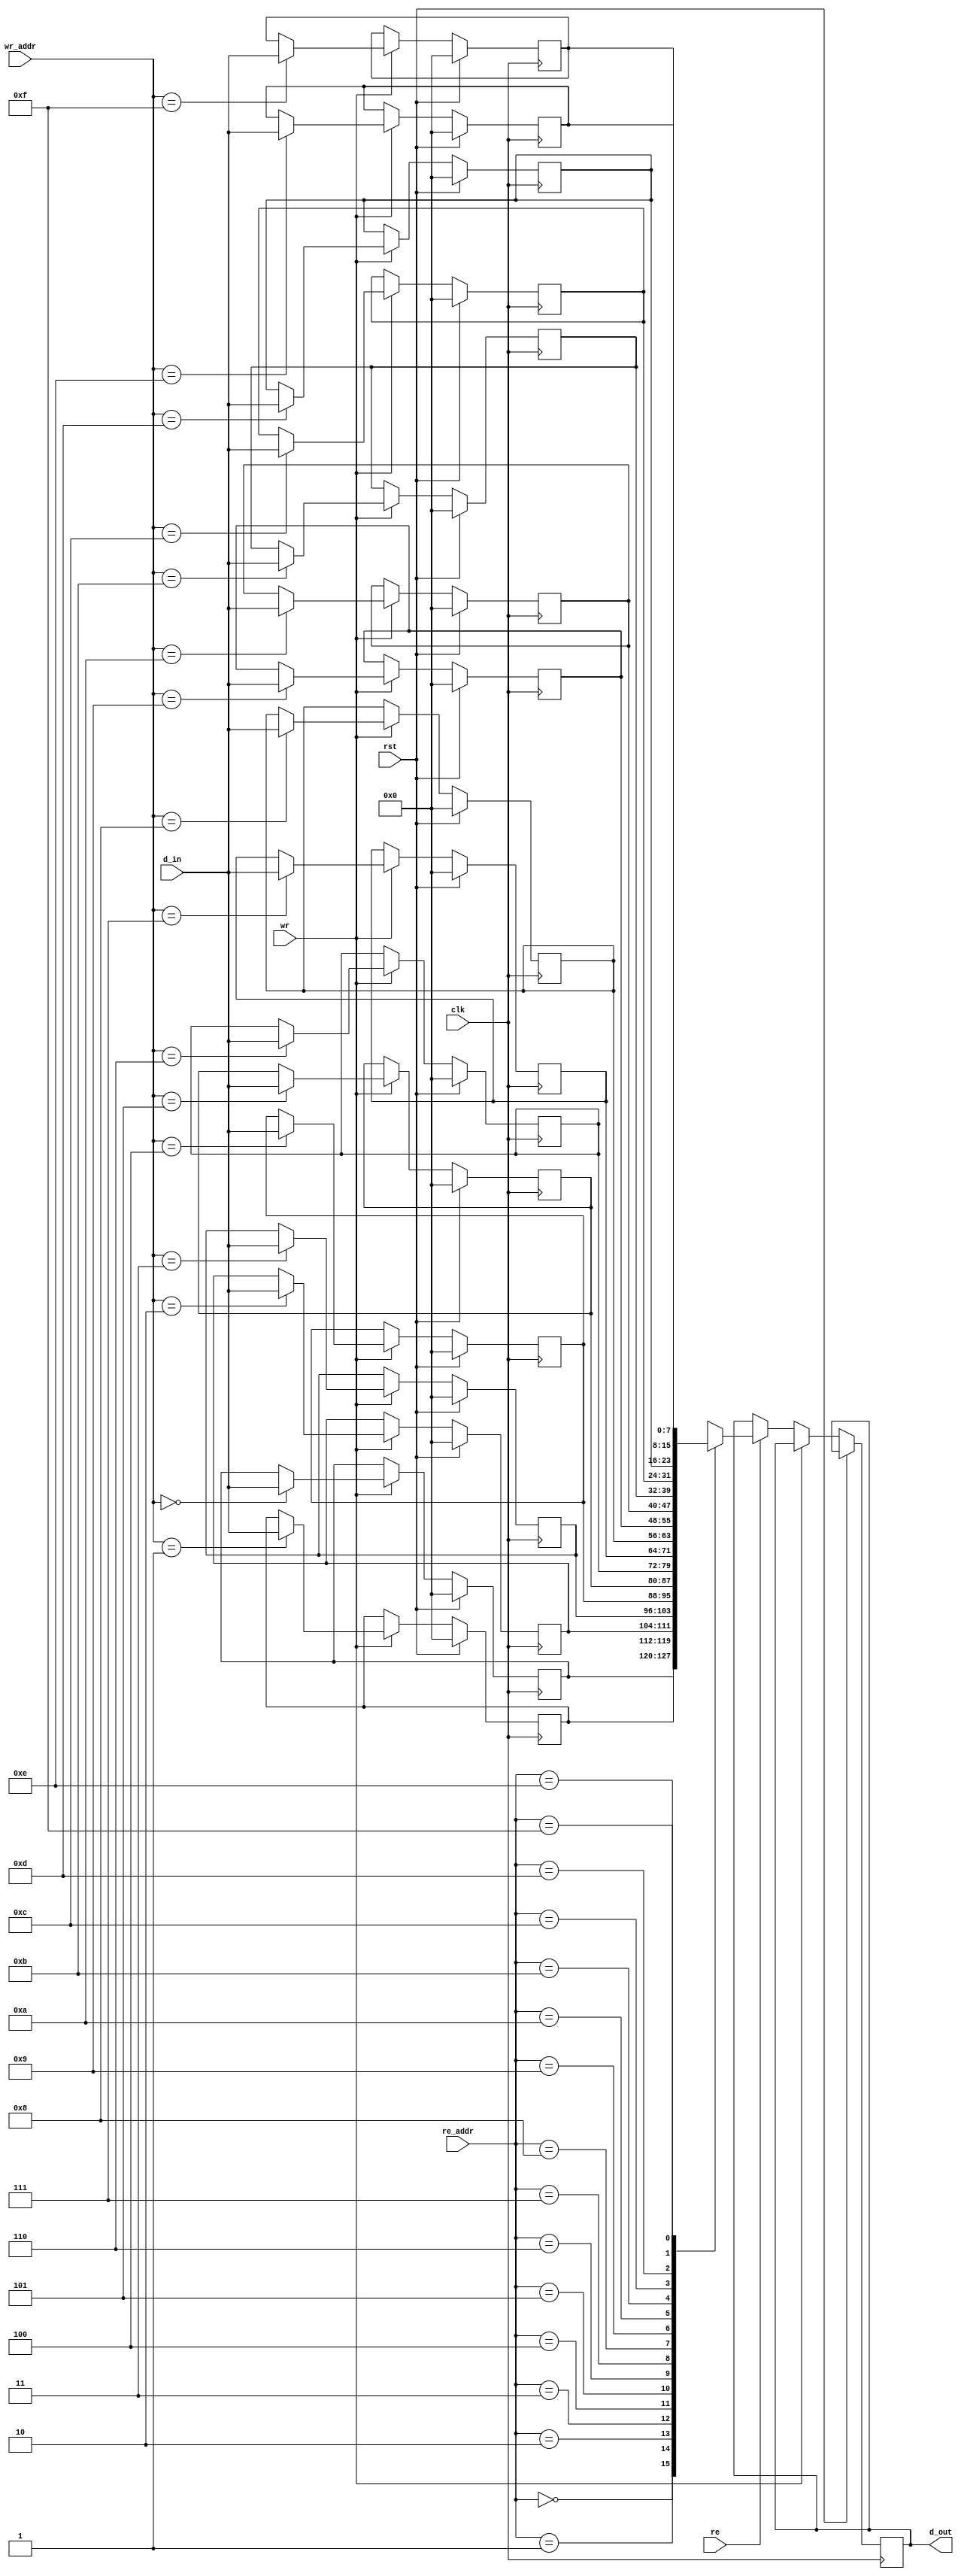
`timescale 1ns / 1ps
//////////////////////////////////////////////////////////////////////////////////
// Company: 
// Engineer: 
// 
// Design Name: 
// Module Name: ram
// Project Name: 
// Target Devices: 
// Tool Versions: 
// Description: 
// 
// Dependencies: 
// 
// Revision:
// Revision 0.01 - File Created
// Additional Comments:
// 
//////////////////////////////////////////////////////////////////////////////////


module ram(
    input [7:0] d_in,
    input [3:0] wr_addr,re_addr,
    input clk,rst,re,wr,
    output  reg [7:0] d_out
    );
    parameter width=8,
              depth=16;
      
     reg [(width-1):0] mem [(depth-1):0];
     integer i;
     always@(posedge clk)
        begin
          if(rst)
            begin
              for(i=0; i<16; i=i+1)
                mem[i]=0;
             end
       else
       begin
          if(wr)
               mem[wr_addr]<=d_in;
          else if(re)
               d_out<=mem[re_addr];
       end
      end
endmodule